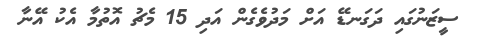
ސީޒަނުގައި ދަގަނޑޭ އަށް މަދުވެގެން އަދި 15 މެޗު އޮތުމާ އެކު އޭނާ